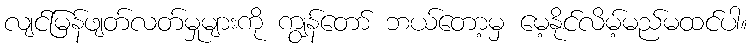
လျင်မြန်ဖျတ်လတ်မှုများကို ကျွန်တော် ဘယ်တော့မှ မေ့နိုင်လိမ့်မည်မထင်ပါ။